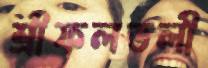
শ্রীফলতলী